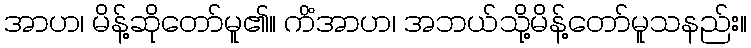
အာဟ၊ မိန့်ဆိုတော်မူ၏။ ကိံအာဟ၊ အဘယ်သို့မိန့်တော်မူသနည်း။